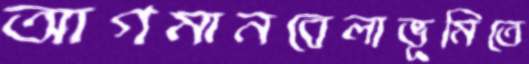
আগমানবেলাভূমিতে